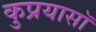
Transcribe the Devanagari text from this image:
कुप्रयासॉ